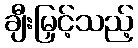
ချီးမြှင့်သည့်